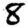
Digit: 8